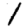
Digit: 1